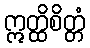
ဣတ္ထိစိတ္တံ